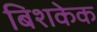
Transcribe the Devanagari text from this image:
बिशकेक